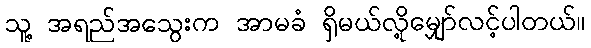
သူ့ အရည်အသွေးက အာမခံ ရှိမယ်လို့မျှော်လင့်ပါတယ်။